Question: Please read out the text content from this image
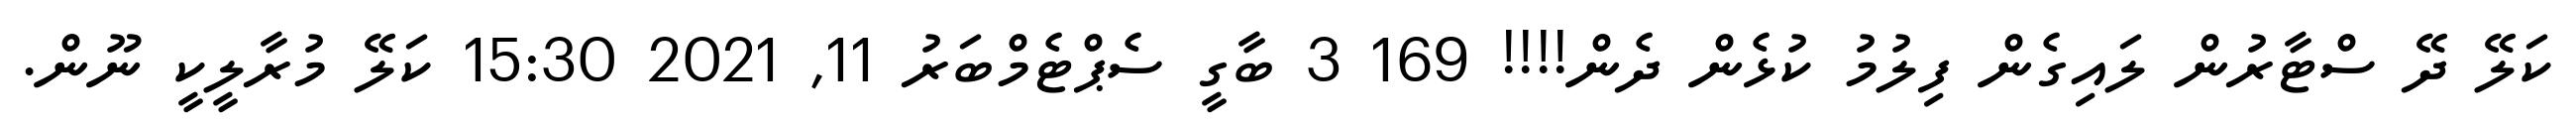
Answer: ކަލޭ ދޭ ސްޓާރުން ލައިގެން ފިލުމު ކުޅެން ދެން!!!! 169 3 ބާގީ ސެޕްޓެމްބަރު 11, 2021 15:30 ކަލޭ މުރާލީކީ ނޫން.